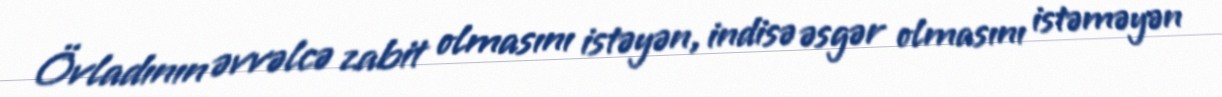
Övladının əvvəlcə zabit olmasını istəyən, indisə əsgər olmasını istəməyən